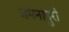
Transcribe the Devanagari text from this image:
जमनापुरी